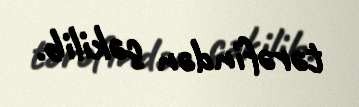
tərəfindən çəkilib.